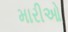
મારીઓ